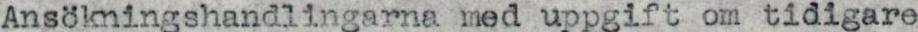
Ansökningshandlingarna med uppgift om tidigare